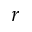
r